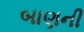
બાણની